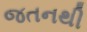
જતનથી